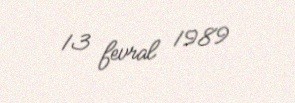
13 fevral 1989